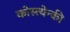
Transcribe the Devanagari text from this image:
कोस्त्येन्की